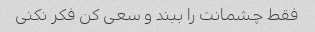
فقط چشمانت را ببند و سعی کن فکر نکنی